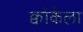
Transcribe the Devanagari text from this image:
क्वॉर्कला